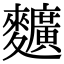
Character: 𪍿